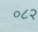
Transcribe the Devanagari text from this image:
०८२